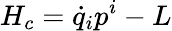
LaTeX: H_{c}=\dot{q}_{i}p^{i}-L